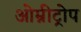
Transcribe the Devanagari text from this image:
ओम्नीट्रोप